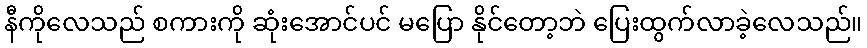
နီကိုလေသည် စကားကို ဆုံးအောင်ပင် မပြော နိုင်တော့ဘဲ ပြေးထွက်လာခဲ့လေသည်။